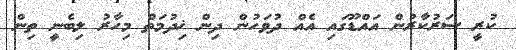
ކުރީ ސަރުކާރުން އައްޑޫގައި އެއް ދުވަހުން ދިން ޚިދުމަތް މިހާރު ލިބެނީ ތިން